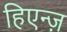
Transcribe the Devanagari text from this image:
हिएन्ज़